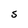
Character: S